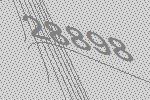
28898